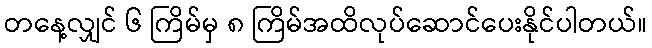
တနေ့လျှင် ၆ ကြိမ်မှ ၈ ကြိမ်အထိလုပ်ဆောင်ပေးနိုင်ပါတယ်။